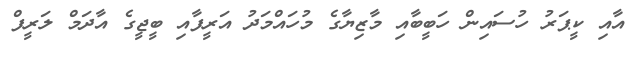
އާއި ކީޕަރު ހުސައިން ހަބީބާއި މާޒިޔާގެ މުހައްމަދު އަރީފާއި ބީީޖީގެ އާދަމް ލަރީފް